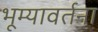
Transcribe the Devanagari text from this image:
भूम्यावर्तना